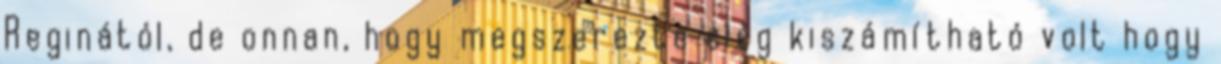
Reginától, de onnan, hogy megszerezte elég kiszámítható volt hogy